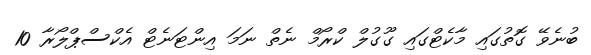
ބުނެވޭ ގޮތުގައި މާކެޓްގައި ގޫގުލް ކްރޯމް ނެތް ނަމަ އިންޓަނެޓް އެކްސްޕްލޯރާ 10